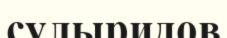
сулыридов